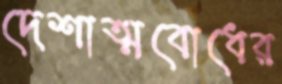
দেশাত্মবোধের